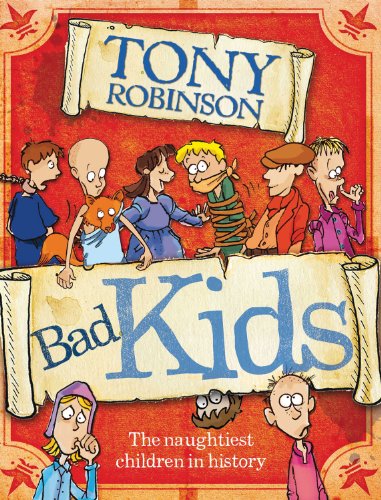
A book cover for Bad Kids: The Naughtiest Children in History; Tony Robinson; Children's Books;